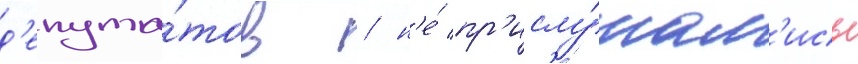
д'епута́тов / н'е́ пр'ислу́шал'ись